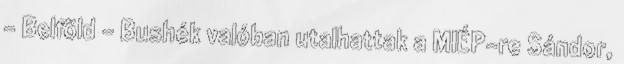
- Belföld - Bushék valóban utalhattak a MIÉP-re Sándor,